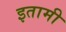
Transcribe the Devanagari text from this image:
इतामी